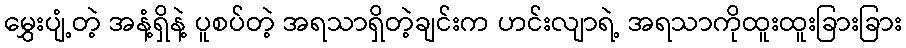
မွှေးပျံ့တဲ့ အနံ့ရှိနဲ့ ပူစပ်တဲ့ အရသာရှိတဲ့ချင်းက ဟင်းလျာရဲ့ အရသာကိုထူးထူးခြားခြား